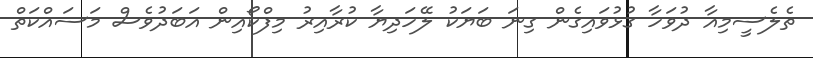
ތެލެސީމިއާ ދުވަހާ ގުޅުވައިގެން ގިނަ ބަޔަކު ލޭހަދިޔާ ކުރާއިރު މިފްކޯއިން އަބަދުވެސް މަސައްކަތް